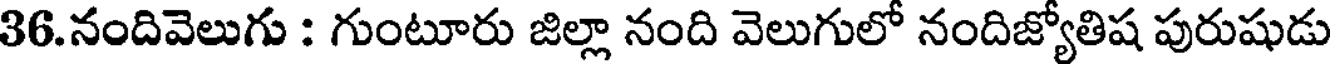
36.నందివెలుగు : గుంటూరు జిల్లా నంది వెలుగులో నందిజ్యోతిష పురుషుడు